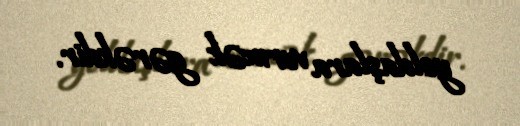
yoldaşlara vermək gərəkdir.